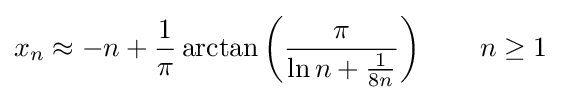
x_{n}\approx -n+{\frac {1}{\pi }}\arctan \left({\frac {\pi }{\ln n+{\frac {1}{8n}}}}\right)\qquad n\geq 1